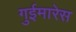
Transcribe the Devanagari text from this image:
गुईमारेस